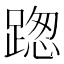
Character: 𨂴